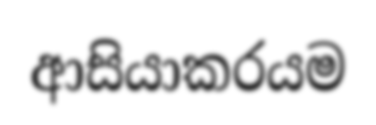
ආසියාකරයම